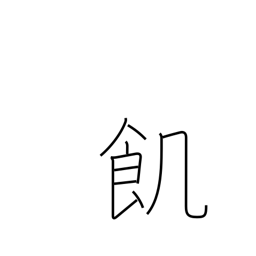
Meaning: hungry